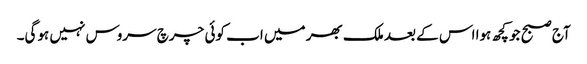
آج صبح جو کچھ ہوا اس کے بعد ملک بھر میں اب کوئی چرچ سروس نہیں ہوگی۔